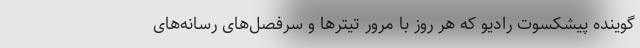
گوینده پیشکسوت رادیو که هر روز با مرور تیترها و سرفصل‌های رسانه‌های